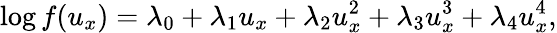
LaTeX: \log f(u_{x})=\lambda_{0}+\lambda_{1}u_{x}+\lambda_{2}u_{x}^{2}+\lambda_{3}u_{x}^{3}+\lambda_{4}u_{x}^{4},